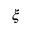
\boldsymbol { \xi }